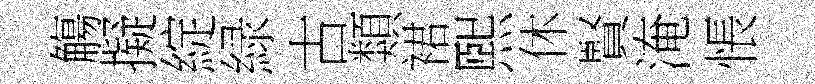
觴擬綻緑古類裙煕休賢淹悵